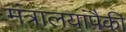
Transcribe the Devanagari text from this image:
मंत्रालयांपैकी